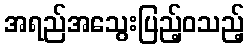
အရည်အသွေးပြည့်ဝသည့်